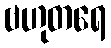
ဗဟုတရေ